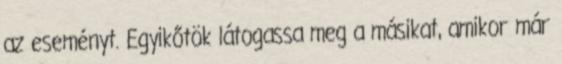
az eseményt. Egyikőtök látogassa meg a másikat, amikor már